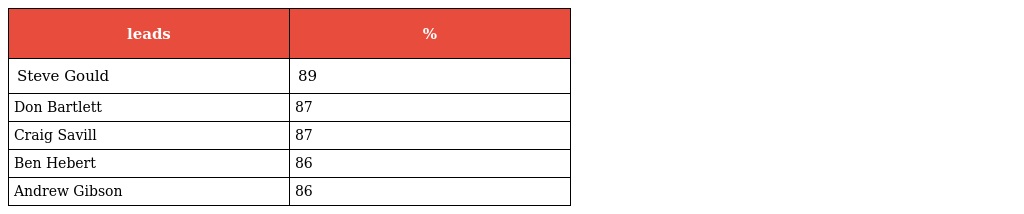
| leads | % |
 | --- | --- |
 | Steve Gould | 89 |
 | Don Bartlett | 87 |
 | Craig Savill | 87 |
 | Ben Hebert | 86 |
 | Andrew Gibson | 86 |